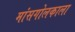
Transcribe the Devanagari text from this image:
मांसगोलकाला